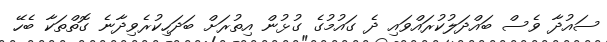
ސައުދާ ވެސް ބައްދަލުކުރައްވައި ދެ ގައުމުގެ ގުޅުން އިތުރަށް ބަދަހިކުރެވިދާނެ ގޮތްތަކާ ބެހޭ